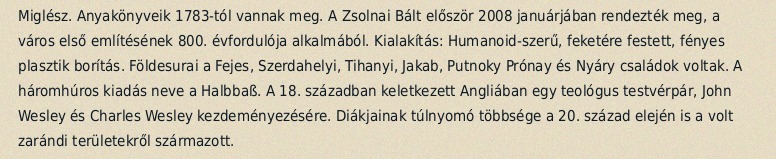
Miglész. Anyakönyveik 1783-tól vannak meg. A Zsolnai Bált először 2008 januárjában rendezték meg, a város első említésének 800. évfordulója alkalmából. Kialakítás: Humanoid-szerű, feketére festett, fényes plasztik borítás. Földesurai a Fejes, Szerdahelyi, Tihanyi, Jakab, Putnoky Prónay és Nyáry családok voltak. A háromhúros kiadás neve a Halbbaß. A 18. században keletkezett Angliában egy teológus testvérpár, John Wesley és Charles Wesley kezdeményezésére. Diákjainak túlnyomó többsége a 20. század elején is a volt zarándi területekről származott.